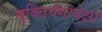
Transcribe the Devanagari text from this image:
मुक्तिवेगापेक्षा